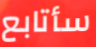
سأتابع